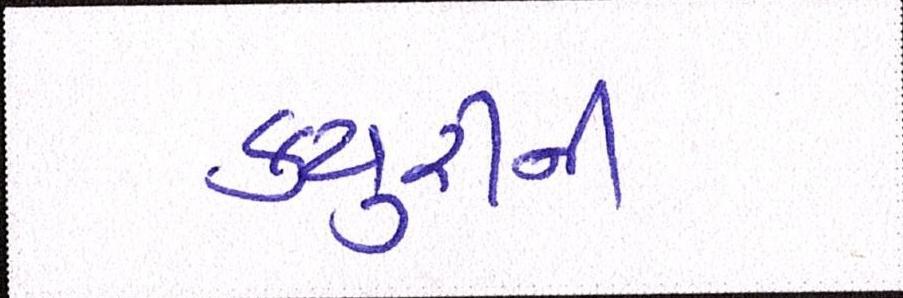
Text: ક્યુરીની